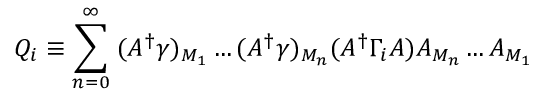
Q _ { i } \equiv \sum _ { n = 0 } ^ { \infty } \; ( A ^ { \dagger } \gamma ) _ { M _ { 1 } } \ldots ( A ^ { \dagger } \gamma ) _ { M _ { n } } ( A ^ { \dagger } \Gamma _ { i } A ) A _ { M _ { n } } \ldots A _ { M _ { 1 } }